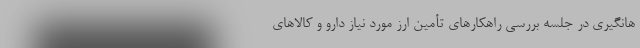
هانگیری در جلسه بررسی راهکارهای تأمین ارز مورد نیاز دارو و کالاهای